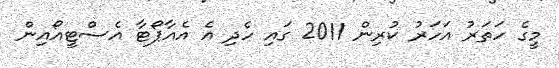
މީގެ ހަތަރު އަހަރު ކުރިން 2011 ގައި ހެދި އެ އެއާޕޯޓާ އެސްޓީއޯއިން